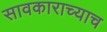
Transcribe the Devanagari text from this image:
सावकाराच्याच